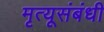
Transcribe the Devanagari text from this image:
मृत्यूसंबंधी